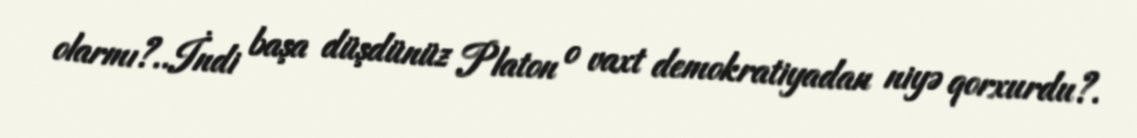
olarmı?..İndi başa düşdünüz Platon o vaxt demokratiyadan niyə qorxurdu?.